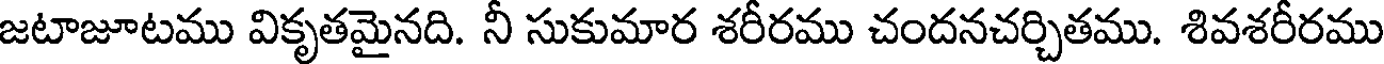
జటాజూటము వికృతమైనది. నీ సుకుమార శరీరము చందనచర్చితము. శివశరీరము